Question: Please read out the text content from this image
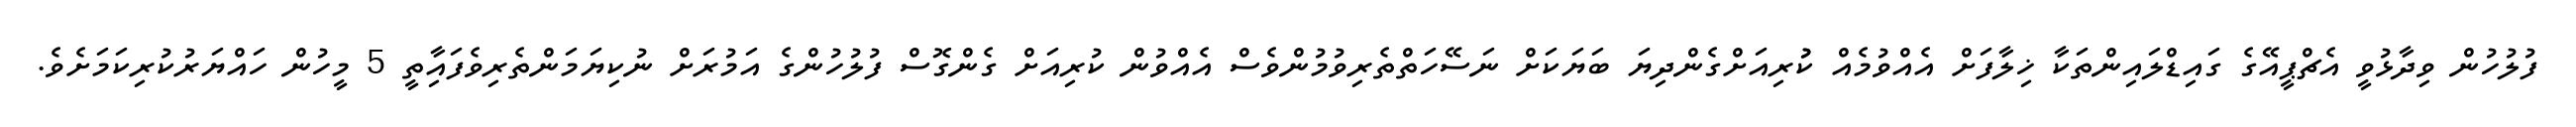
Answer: ފުލުހުން ވިދާޅުވީ އެޗްޕީއޭގެ ގައިޑްލައިންތަކާ ޚިލާފަށް އެއްވުމެއް ކުުރިއަށްގެންދިޔަ ބަޔަކަށް ނަސޭހަތްތެރިވުމުންވެސް އެއްވުން ކުރިއަށް ގެންގޮސް ފުލުހުންގެ އަމުރަށް ނުކިޔަމަންތެރިވެފައިާތީ 5 މީހުން ހައްޔަރުކުރިކަމަށެވެ.